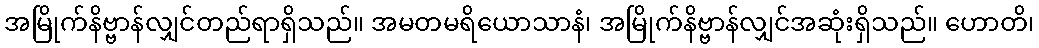
အမြိုက်နိဗ္ဗာန်လျှင်တည်ရာရှိသည်။ အမတမရိယောသာနံ၊ အမြိုက်နိဗ္ဗာန်လျှင်အဆုံးရှိသည်။ ဟောတိ၊